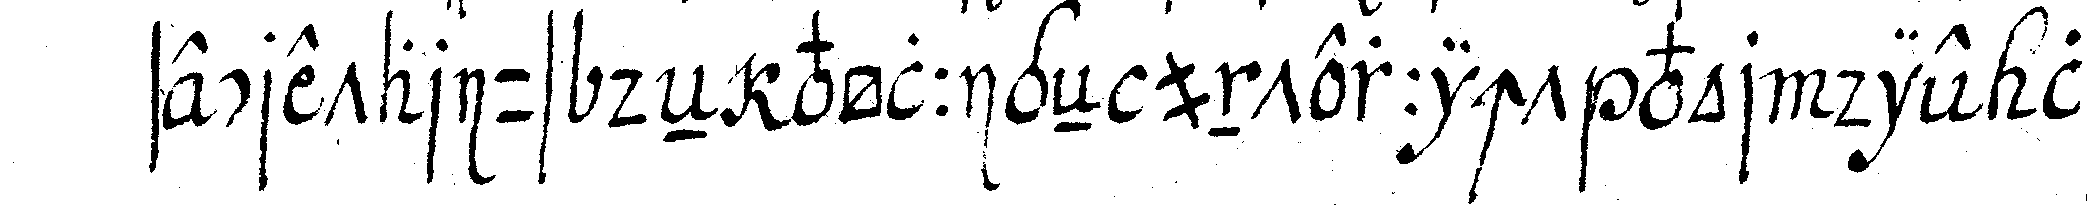
secretarius deN völligeN unterricht vor die lehr